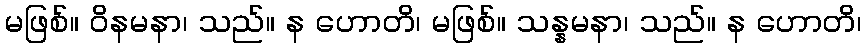
မဖြစ်။ ဝိနမနာ၊ သည်။ န ဟောတိ၊ မဖြစ်။ သန္နမနာ၊ သည်။ န ဟောတိ၊